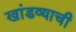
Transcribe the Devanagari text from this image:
खांडव्याची